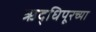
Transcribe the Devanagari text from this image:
ऋद्धिपूरच्या